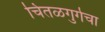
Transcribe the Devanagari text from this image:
चितळगुर्गचा